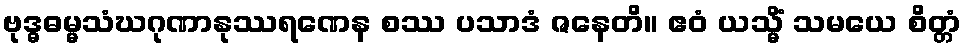
ဗုဒ္ဓဓမ္မသံဃဂုဏာနုဿရဏေန စဿ ပသာဒံ ဇနေတိ။ ဧဝံ ယသ္မိံ သမယေ စိတ္တံ